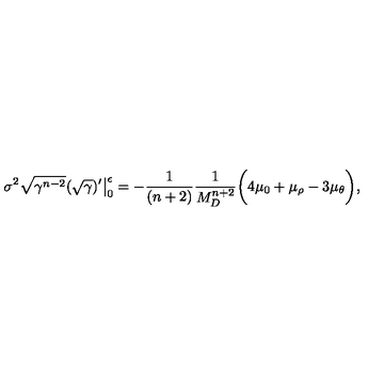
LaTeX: \sigma ^ { 2 } \sqrt { \gamma ^ { n - 2 } } ( \sqrt { \gamma } ) ^ { \prime } \big | _ { 0 } ^ { \epsilon } = - \frac { 1 } { ( n + 2 ) } \frac { 1 } { M _ { D } ^ { n + 2 } } \bigg ( 4 \mu _ { 0 } + \mu _ { \rho } - 3 \mu _ { \theta } \bigg ) ,